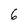
Character: 6